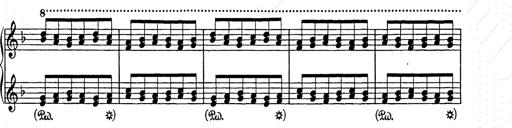
Title: Weihnachtsbaum
Composer: Franz Liszt